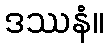
ဒဿနံ။